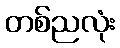
တစ်ညလုံး